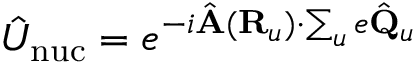
\hat { U } _ { \mathrm { n u c } } = e ^ { - i \hat { \bf A } ( { \bf R } _ { u } ) \cdot \sum _ { u } e \hat { \bf Q } _ { u } }